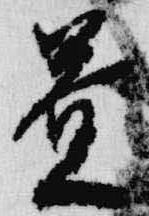
益